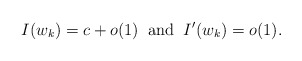
\begin{align*}I(w_k)=c+o(1) \;\;\textrm{and}\;\; I^{\prime}(w_k)=o(1).\end{align*}